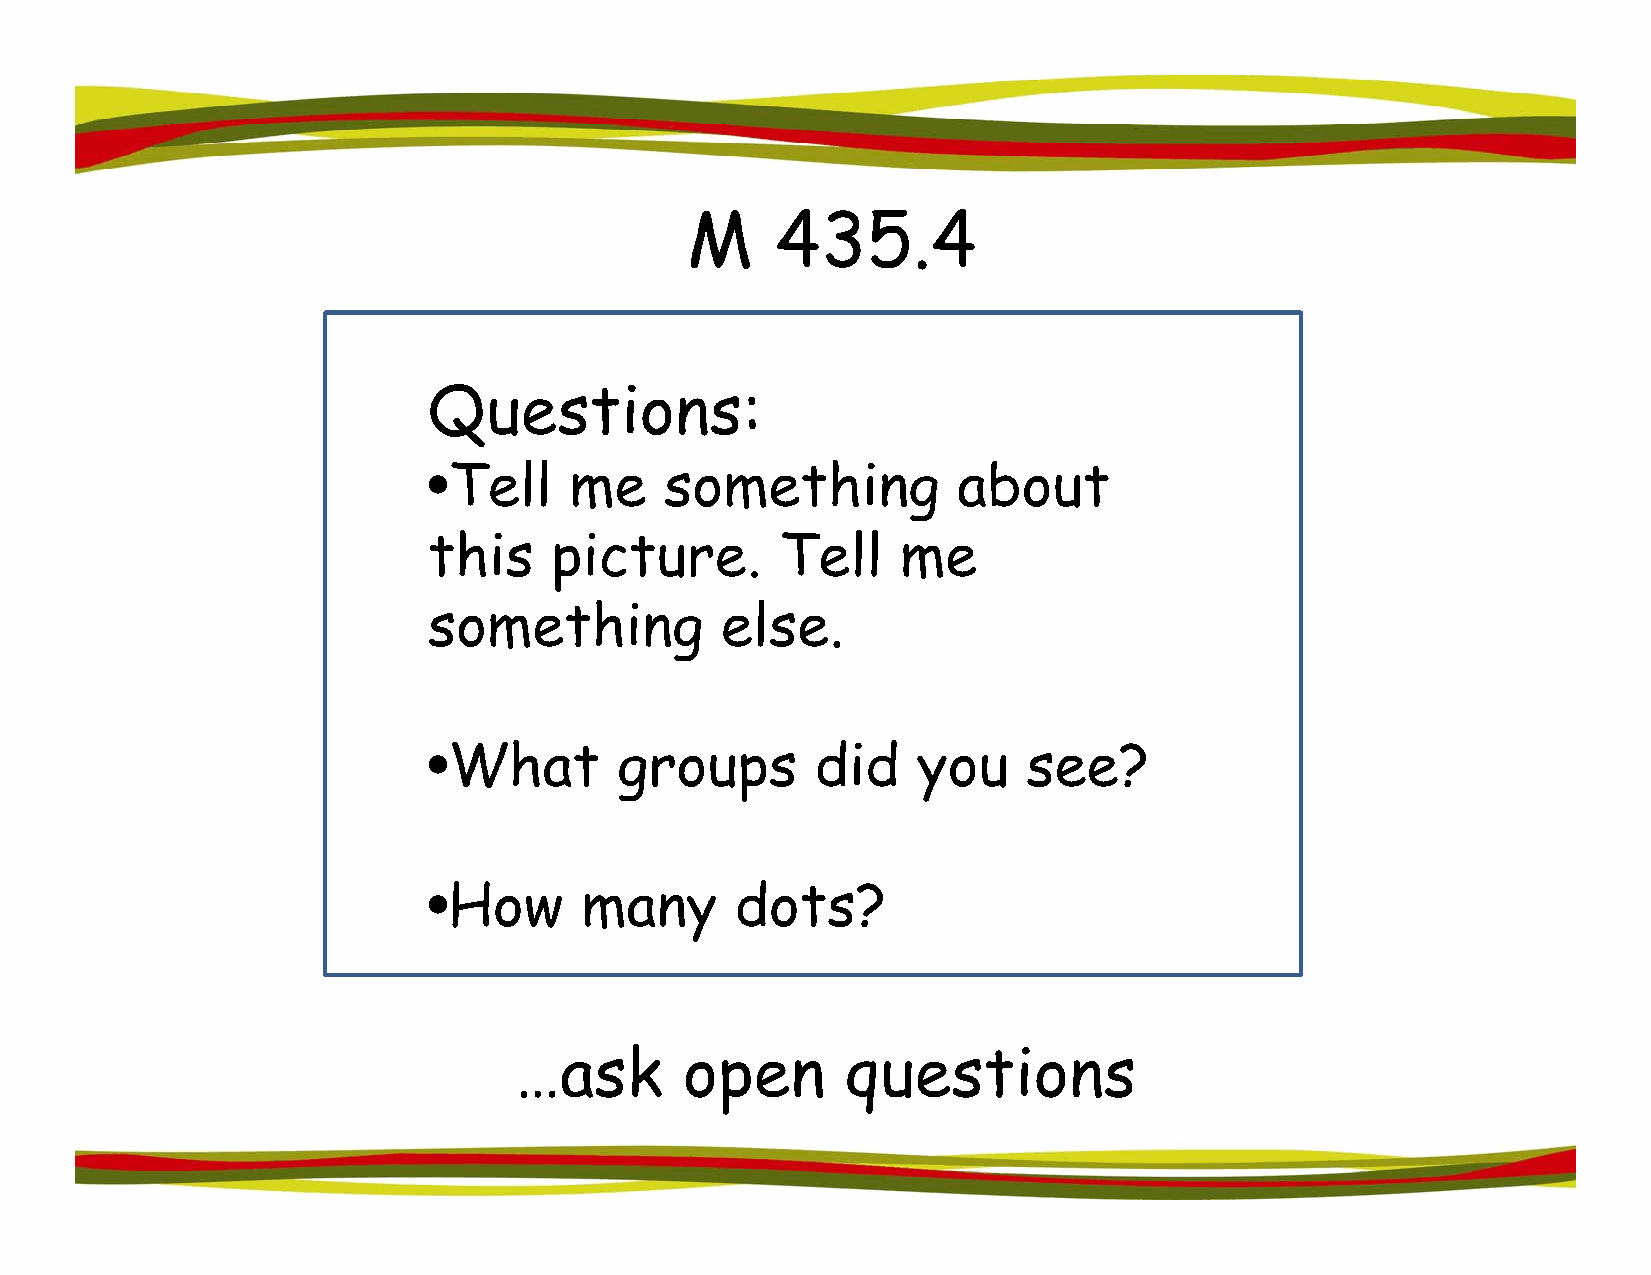
MM    443355.44
 QQuessttiionss:
 •Tell     me    something          about
 ••WWhhaatt
 tt
 hh ddiiii ddss
 yy
 oopp uuii sscc eett eeuu
 ??
 rree.  TTeellll mmee
 something           else.
 •What   groups  did you  see?
 •How  many   dots?
 •What        groups       did    you    see?
 •How      many       dots?
 …ask       open       questions